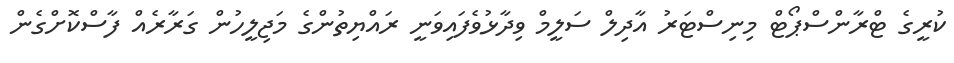
ކުރީގެ ޓްރާންސްޕޯޓް މިނިސްޓަރު އާދިލް ސަލީމް ވިދާޅުވެފައިވަނީ ރައްޔިތުންގެ މަޖިލީހުން ގަރާރެއް ފާސްކޮށްގެން